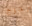
الحرج